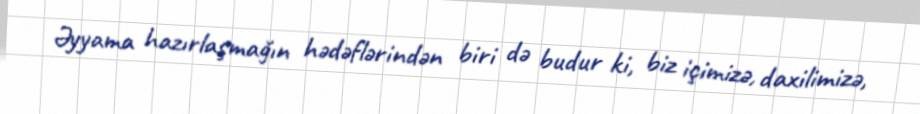
Əyyama hazırlaşmağın hədəflərindən biri də budur ki, biz içimizə, daxilimizə,